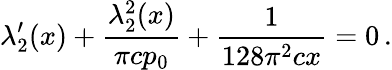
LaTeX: \lambda_{2}^{\prime}(x)+\frac{\lambda_{2}^{2}(x)}{\pi cp_{0}}+\frac{1}{128\pi^{2}cx}=0\, .